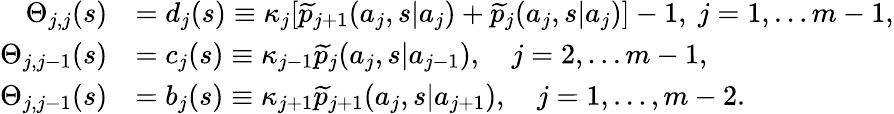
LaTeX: \begin{array}{rl}{\Theta_{j,j}(s)}&{=d_{j}(s)\equiv\kappa_{j}[\widetilde{p}_{j+1}(a_{j},s|a_{j})+\widetilde{p}_{j}(a_{j},s|a_{j})]-1,\ j=1,\ldots m-1,}\\ {\Theta_{j,j-1}(s)}&{=c_{j}(s)\equiv\kappa_{j-1}\widetilde{p}_{j}(a_{j},s|a_{j-1}),\quad j=2,\ldots m-1,}\\ {\Theta_{j,j-1}(s)}&{=b_{j}(s)\equiv\kappa_{j+1}\widetilde{p}_{j+1}(a_{j},s|a_{j+1}),\quad j=1,\ldots,m-2.}\end{array}